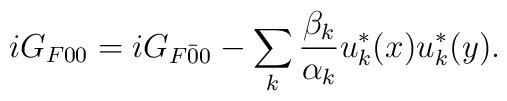
iG_{F00}= iG_{F\bar{0}{0}} - \sum_k \frac{\beta_k}{\alpha_k} u_k^*(x)u_k^*(y) .